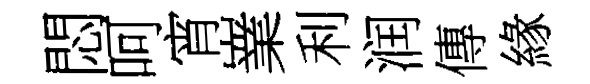
悶呵宵嶪利润傳緣